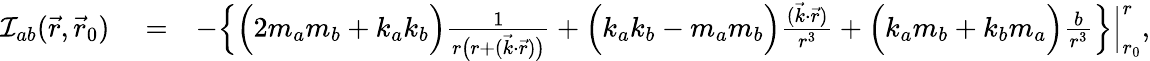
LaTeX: \begin{array}{rlr}{{\cal I}_{ab}(\vec{r},\vec{r}_{0})}&{{}=}&{-\Big\{ \Big(2m_{a}m_{b}+k_{a}k_{b}\Big)\frac{1}{r\big(r+({\vec{k}}\cdot{\vec{r}})\big)}+\Big(k_{a}k_{b}-m_{a}m_{b}\Big)\frac{({\vec{k}}\cdot{\vec{r}})}{r^{3}}+\Big(k_{a}m_{b}+k_{b}m_{a}\Big)\frac{b}{r^{3}}\Big\} \Big|_{r_{0}}^{r},}\end{array}